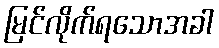
မြင်လိုက်ရသောအခါ